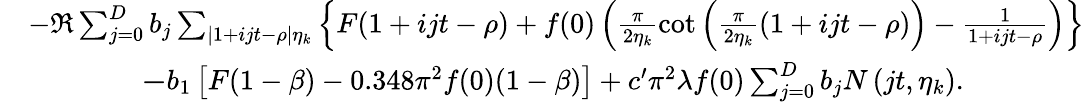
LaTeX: \begin{array}{rl}&{-\Re\sum_{j=0}^{D}b_{j}\sum_{|1+ijt-\rho|\le\eta_{k}}\left\{ F(1+ijt-\rho)+f(0)\left(\frac{\pi}{2\eta_{k}}\cot\left(\frac{\pi}{2\eta_{k}}(1+ijt-\rho)\right)-\frac{1}{1+ijt-\rho}\right)\right\} }\\ &{\qquad\qquad\le-b_{1}\left[F(1-\beta)-0.348\pi^{2}f(0)(1-\beta)\right]+c^{\prime}\pi^{2}\lambda f(0)\sum_{j=0}^{D}b_{j}N\left(jt,\eta_{k}\right).}\end{array}